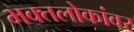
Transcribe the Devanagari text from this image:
भक्तलोकांवर